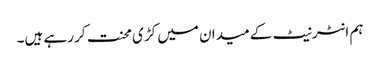
ہم انٹرنیٹ کے میدان میں کڑی محنت کر رہے ہیں۔